Indian journal of veterinary science and animal husbandry - Volume 2,
Year: 1932
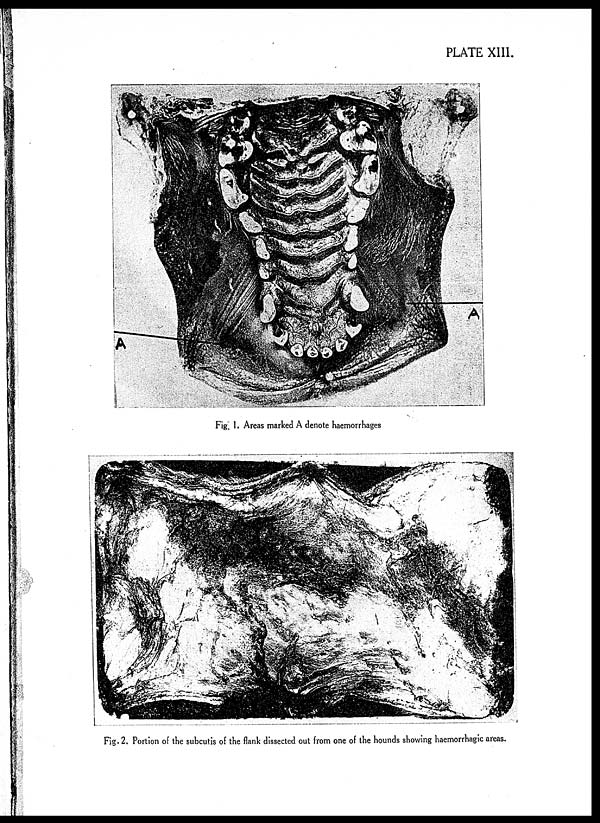
PLATE XIII.
Fig. 1. Areas marked A denote haemorrhages
Fig. 2. Portion of the subcutis of the flank dissected out from one of the hounds showing haemorrhagic areas.